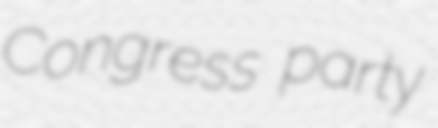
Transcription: Congress party